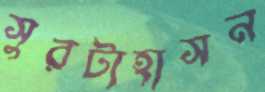
সুরটাহাসন